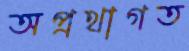
অপ্রথাগত